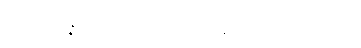
၄၂၂။ အန္နံ ပါနံ ဃရံ ဝတ္ထံ၊ ယာနံ မာလာ ဝိလေပနံ။